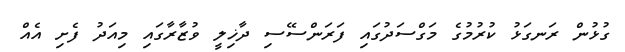
ގުޅުން ރަނގަޅު ކުރުމުގެ މަގްސަދުގައި ފަރަންސޭސި ދާޚިލީ ވުޒާރާގައި މިއަދު ފެށި އެއް